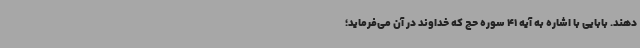
دهند. بابایی با اشاره به آیه 41 سوره حج که خداوند در آن می‌فرماید؛